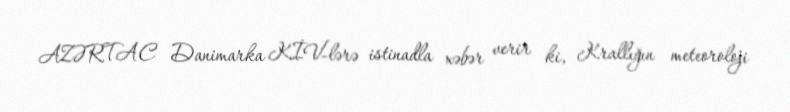
AZƏRTAC Danimarka KİV-lərə istinadla xəbər verir ki, Krallığın meteoroloji